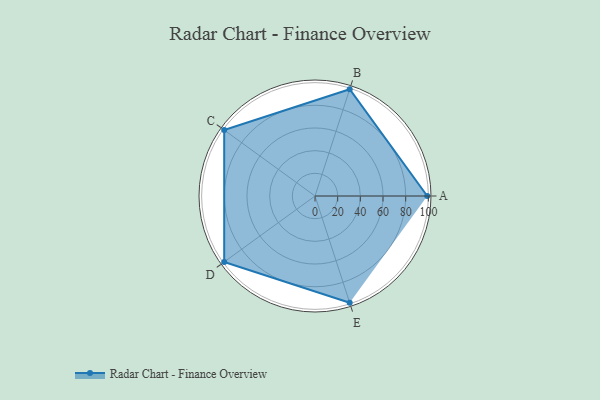
{"axis": {"x": "Skill", "y": "Score"}, "legend": ["Profile"], "data": [{"x": "A", "y": 99, "type": "Profile"}, {"x": "B", "y": 99, "type": "Profile"}, {"x": "C", "y": 99, "type": "Profile"}, {"x": "D", "y": 99, "type": "Profile"}, {"x": "E", "y": 99, "type": "Profile"}]}